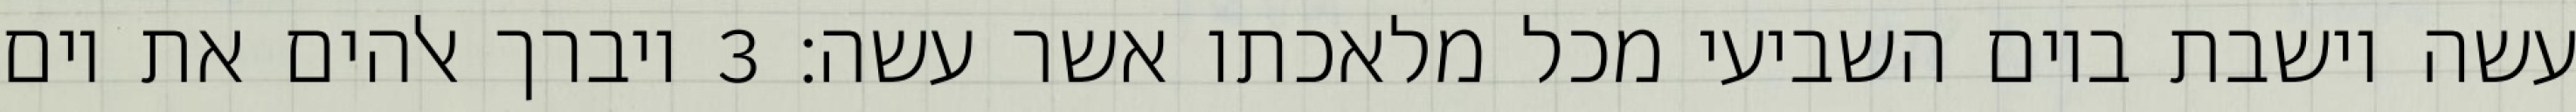
עשה וישבת ביום השביעי מכל מלאכתו אשר עשה׃ ‎3‏ ויברך אלהים את יום